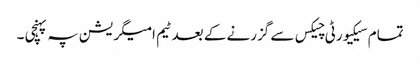
تمام سیکیورٹی چیکس سے گزرنے کے بعد ٹیم امیگریشن پہ پہنچی ۔